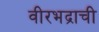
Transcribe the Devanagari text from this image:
वीरभद्राची